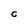
Character: C